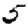
Digit: 5